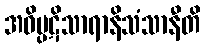
အဝိပ္ပဋိသာရာနိသံသာနီတိ